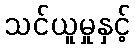
သင်ယူမှုနှင့်